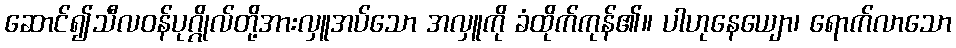
ဆောင်၍သီလဝန်ပုဂ္ဂိုလ်တို့အားလှူအပ်သော အလှူကို ခံထိုက်ကုန်၏။ ပါဟုနေယျော၊ ရောက်လာသော